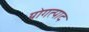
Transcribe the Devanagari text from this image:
योगत्पाद